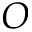
O